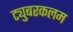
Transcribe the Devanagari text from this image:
ट्युबरकलम